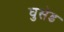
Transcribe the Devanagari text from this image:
घुसेड